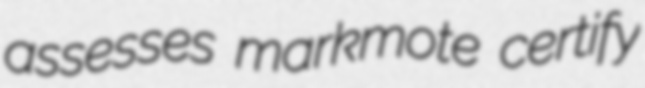
assesses markmote certify